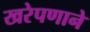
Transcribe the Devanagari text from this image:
खरेपणाने